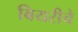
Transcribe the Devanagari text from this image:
बियरीचे